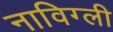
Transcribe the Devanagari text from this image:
नाविग्ली